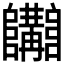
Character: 𨽩